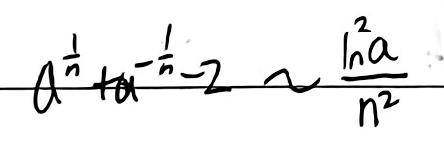
\[ a^{\frac{1}{n}}+a^{-\frac{1}{n}} - 2\sim\frac{\ln^{2}a}{n^{2}} \]